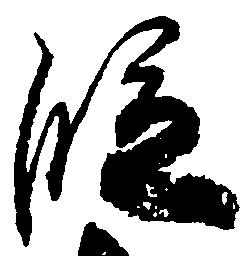
段